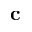
{ \bf c }